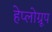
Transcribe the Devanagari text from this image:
हेप्लोग्रूप